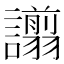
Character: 譾